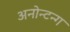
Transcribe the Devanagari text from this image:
अनोन्टन्ग